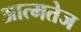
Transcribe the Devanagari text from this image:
आत्मतेज